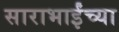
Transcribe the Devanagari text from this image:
साराभाईंच्या